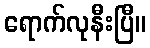
ရောက်လုနီးပြီ။